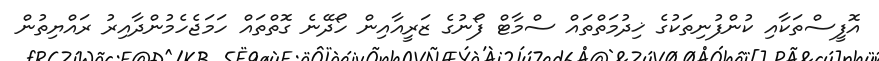
އޮފީސްތަކާއި ކުންފުނިތަކުގެ ޚިދުމަތްތައް ސްމާޓް ފޯނުގެ ޒަރީއާއިން ހޯދޭނެ ގޮތްތައް ހަމަޖެހެމުންދާއިރު ރައްޔިތުން